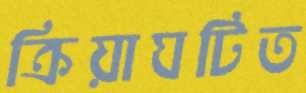
ক্রিয়াঘটিত